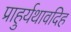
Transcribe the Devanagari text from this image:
प्राहुर्यथावदिह